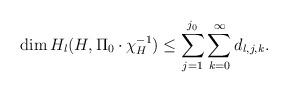
LaTeX: \begin{align*} \dim H_l(H, \Pi_0\cdot\chi_H^{-1}) \leq \sum_{j=1}^{j_0} \sum_{k=0}^\infty d_{l, j, k}. \end{align*}